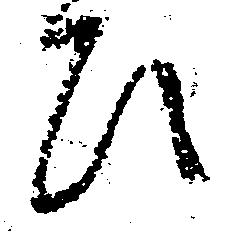
ひ